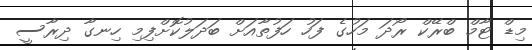
މިޑް ޓާމް ބްރޭކް ރޯދަ މަހުގެ ފަހު ހަފުތާއަށް ބަދަލުކޮށްފިމި ހިނގާ ދިރާސީ